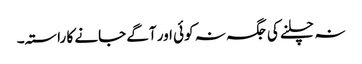
نہ چلنے کی جگہ نہ کوئی اور آگے جانے کا راستہ۔